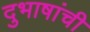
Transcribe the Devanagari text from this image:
दुभाषांची